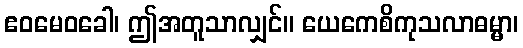
ဧဝမေဝခေါ၊ ဤအတူသာလျှင်။ ယေကေစိကုသလာဓမ္မာ၊